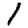
Digit: 1